Third election of Education Authorities, 1925, 1925
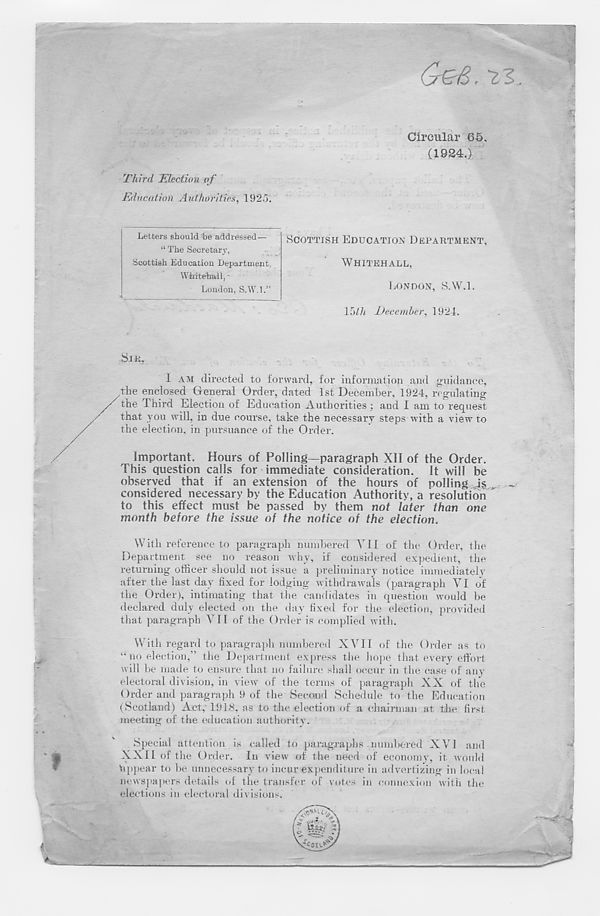
Circular 65.
(1924.)
Third Election of
Education Authorities, 1925.
SCOTTISH EDUCATION DEPARTMENT,
WHITEHALL,
LONDON, S.W.l.
15/7i December, 1924.
Letters should he addressed—
“ The Secretary,
Scottish Education Department.
Whitehall, -
London, S.W.l.”
Si K,
1 AM directed to forward, for information and guidance,
/ the enclosed General Order, dated 1st December, 1924, regulating
y/ the Third Election of Education Authorities : and I am to request
that you will, in due course, take the necessary steps with a view to
the election, in pursuance of the Order.
Important. Hours of Polling—paragraph XII of the Order.
This question calls for immediate consideration. It will be
observed that if an extension of the hours of polling Js
considered necessary by the Education Authority, a resolution
to this effect must be passed by them not later than one
month before the issue of the notice of the election.
With reference to paragraph numbered YU of the Order, the
Department see no reason why, if considered expedient, the
returning officer should not issue a preliminary notice immediately
after the last day fixed for lodging withdrawals (paragraph VI of
the Order), intimating that the candidates in question would be
declared duly elected on the day fixed for the election, provided
that paragraph VII of the Order is complied with.
With regard to paragraph numbered XVII of the Order as to
“ no election,” the Department express the hope that every effort
will be made to ensure that no failure shall occur in the case of any
electoral division, in view of the terms of paragraph XX of the
Order and paragraph 9 of the Second Schedule to the Education
(Scotland) Act, 1918. as to the election of a chairman at the first
meeting of the education authority 7 .
Special attention is called to paragraphs numbered XVI and
XXII of the Order. In view of the need of economy, it would
Vippear to be unnecessary to incur expenditure in advertizing in local
newspapers details of the transfer of votes in connexion with the
elections in electoral divisions.